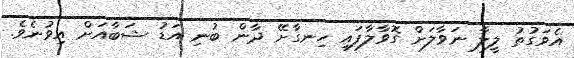
އެވަގުތު ލީލާ ނަވާލަށް ގޮވާލާފައި ހިނގާށޭ ދާން ބުނި އަޑު ޝަބާއަށް އިވުނެވެ.